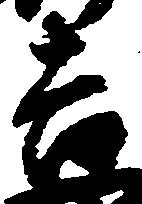
吉